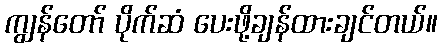
ကျွန်တော် ပိုက်ဆံ ပေးဖို့ချန်ထားချင်တယ်။